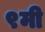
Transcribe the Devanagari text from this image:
९मी